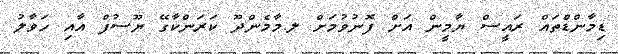
ޑިމާންޑްތައް ރައީސް ޔާމީން އަށް ފޮނުވުމަށް ލ.މާމެންދޫ ކަރަންކާގޭ ޔޫސުފް އާއި ހަވާލު